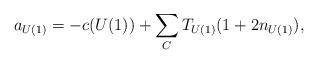
LaTeX: \begin{align*}a_{U(1)} = - c(U(1)) +\sum_C T_{U(1)}( 1 + 2 n_{U(1)}),\end{align*}